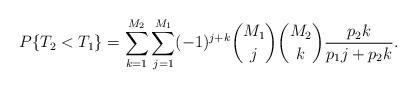
LaTeX: \begin{align*}P\{T_2 < T_1\} = \sum_{k=1}^{M_2} \sum_{j=1}^{M_1} (-1)^{j+k} \binom{M_1}{j} \binom{M_2}{k} \frac{p_2 k}{p_1 j + p_2 k}.\end{align*}